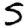
Digit: 5